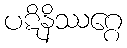
ပဋိနိဿဂ္ဂေ